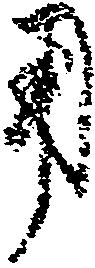
用